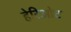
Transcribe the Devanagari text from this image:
हेरिओट